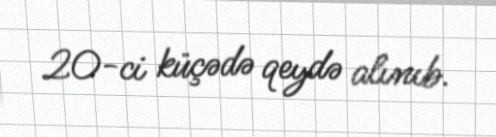
20-ci küçədə qeydə alınıb.